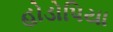
હોડોપિયા